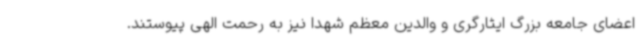
اعضای جامعه بزرگ ایثارگری و والدین معظم شهدا نیز به رحمت الهی پیوستند.